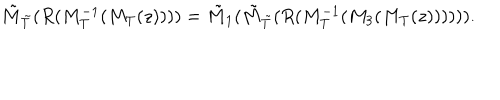
LaTeX: { \tilde { M } } _ { { \tilde { T } } } ( R ( M _ { T } ^ { - 1 } ( M _ { T } ( z ) ) ) ) = { \tilde { M } } _ { 1 } ( { \tilde { M } } _ { { \tilde { T } } } ( R ( M _ { T } ^ { - 1 } ( M _ { 3 } ( M _ { T } ( z ) ) ) ) ) ) .